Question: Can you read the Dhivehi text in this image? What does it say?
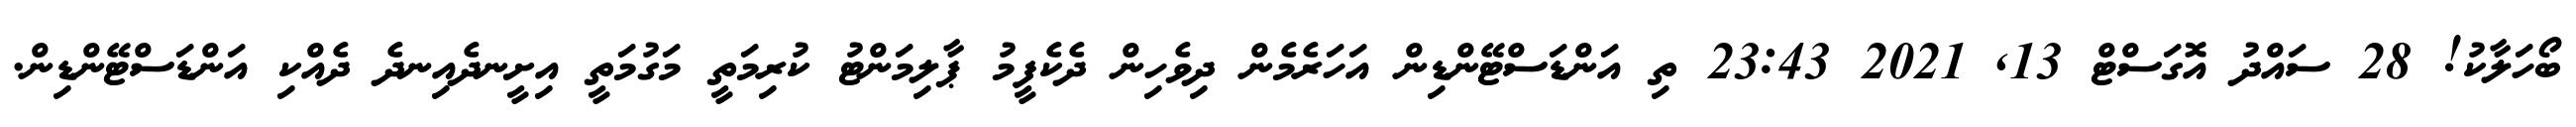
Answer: ބޯހަލާކު! 28 ސައްދު އޮގަސްޓް 13, 2021 23:43 ތި އަންޑަސްޓޭންޑިން އަހަރެމެން ދިވެހިން ދެކެފީމު ޕާލިމަންޓު ކުރިމަތީ މަގުމަތީ އިށީނދެއިނދެ ދެއްކި އަންޑަސްޓޭންޑިން.